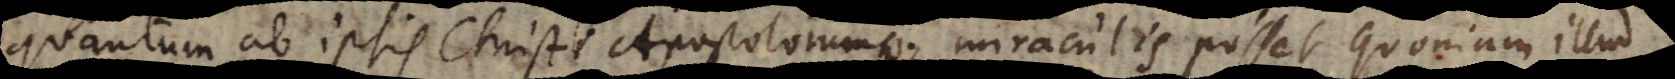
quantum ab ipsis Christi Apostolorumque miraculis posset, quoniam ill